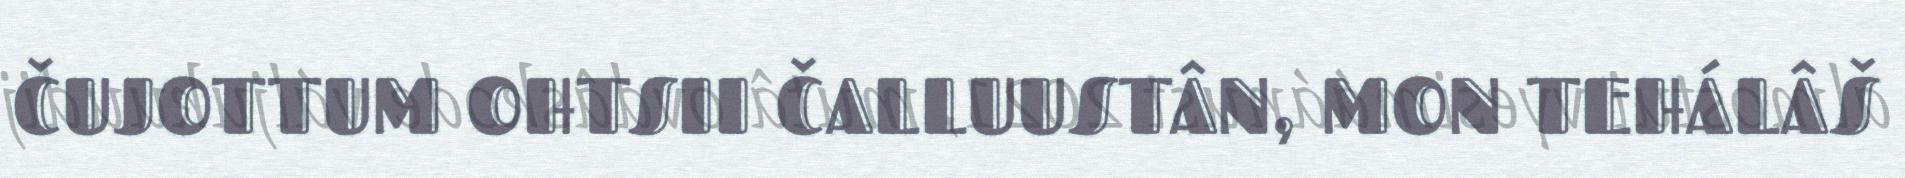
ČUJOTTUM OHTSII ČALLUUSTÂN, MON TEHÁLÂŠ